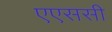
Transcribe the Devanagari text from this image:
एएससी